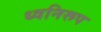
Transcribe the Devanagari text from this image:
ध्वनिरूप